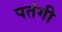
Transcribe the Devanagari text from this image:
पतंगी